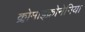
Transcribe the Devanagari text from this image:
क्लोमाइक्रोनेमिया